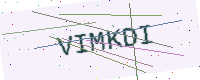
Text: VIMKDI